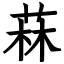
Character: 菻